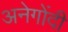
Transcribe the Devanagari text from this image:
अनेगोंदी